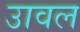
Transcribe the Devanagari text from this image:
उावल